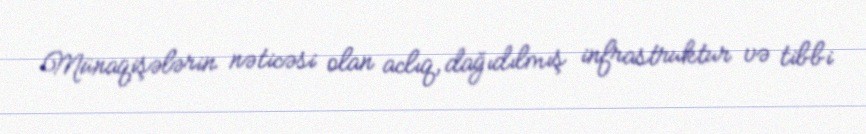
Münaqişələrin nəticəsi olan aclıq, dağıdılmış infrastruktur və tibbi